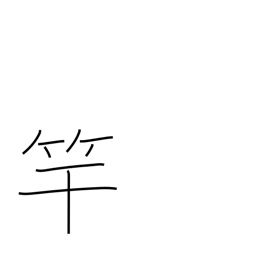
Meaning: violin neck